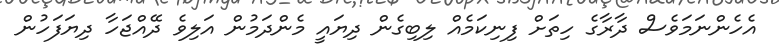
އެހެންނަމަވެސް ދާރާގެ ހިތަށް ފިނިކަމެއް ލިބިގެން ދިޔައީ މެންދަމުން އަލިވެ ދޭއްޖަހާ ދިޔަފަހުން